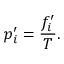
p _ { i } ^ { \prime } = \frac { f _ { i } ^ { \prime } } { T } .